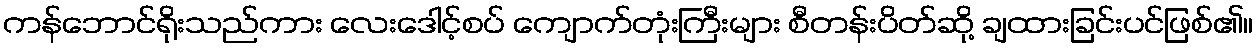
ကန်ဘောင်ရိုးသည်ကား လေးဒေါင့်စပ် ကျောက်တုံးကြီးများ စီတန်းပိတ်ဆို့ ချထားခြင်းပင်ဖြစ်၏။